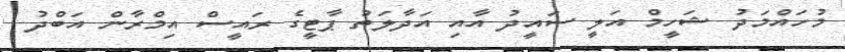
މުހައްމަދު ޝަހީމް އަލީ ސައީދު އާއި އަދާލަތު ޕާޓީގެ ރައީސް އިމްރާން އަބްދު